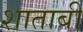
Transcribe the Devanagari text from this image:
शाताबी